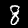
Digit: 8